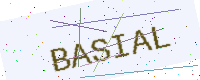
Text: BASIAL